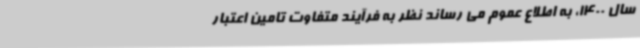
سال 1400، به اطلاع عموم می رساند نظر به فرآیند متفاوت تامین اعتبار